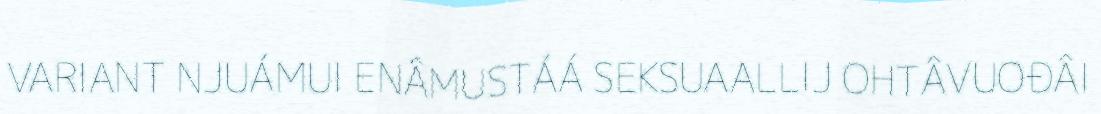
VARIANT NJUÁMUI ENÂMUSTÁÁ SEKSUAALLIJ OHTÂVUOĐÂI